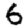
Digit: 6